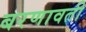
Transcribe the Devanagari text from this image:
बरणावती